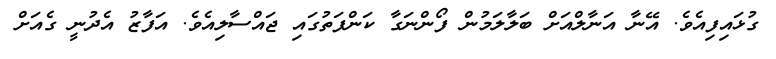
ގުޅައިފިއެވެ. އޭނާ އަނާލްއަށް ބަލާލަމުން ފޯންނަގާ ކަންފަތުގައި ޖައްސާލިއެވެ. އަފާޒު އެދުނީ ގެއަށް